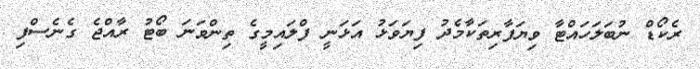
ރެކޯޑް ނުބަލަހައްޓާ ވިޔަފާރިތަކާމެދު ފިޔަވަޅު އަޅަނީ ފްލައިމީގެ ތިންވަނަ ބޯޓު ރާއްޖެ ގެނެސްފި